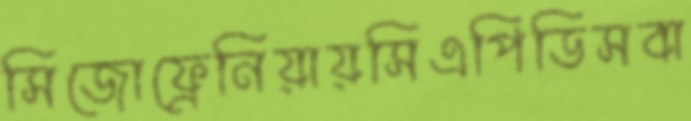
সিজোফ্রেনিয়ায়সিএপিডিসবা